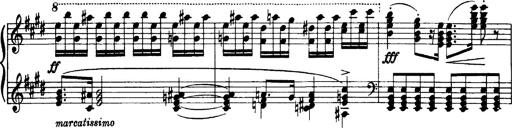
Title: OuvertÃ¼re zu TannhÃ¤user
Composer: Franz Liszt